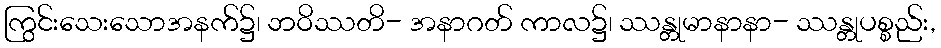
ကြွင်းသေးသောအနက်၌၊ ဘဝိဿတိ- အနာဂတ် ကာလ၌၊ ဿန္တုမာနာနာ- ဿန္တုပစ္စည်း,